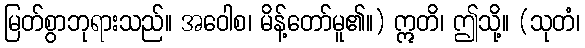
မြတ်စွာဘုရားသည်။ အဝေါစ၊ မိန့်တော်မူ၏။) ဣတိ၊ ဤသို့။ (သုတံ၊